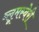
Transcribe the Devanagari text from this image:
ब्लूमस्बेरी